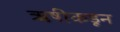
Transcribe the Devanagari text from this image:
ऋषीकडून